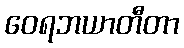
ဝေရဘယာတီတာ